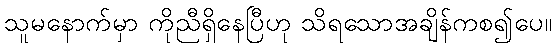
သူမနောက်မှာ ကိုညီရှိနေပြီဟု သိရသောအချိန်ကစ၍ပေ။